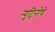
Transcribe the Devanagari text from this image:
न्युट्रिनोचे